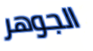
الجوهر